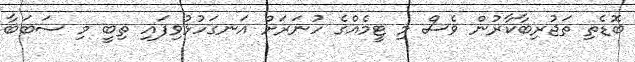
ބޮޑެތި ތަޖުރިބާކާރުން ވެސް މި ޓީމެއްގެ ހުނަރަށް އަނގަހުޅުވިފައި ތިބީ މި ސަބަބާ